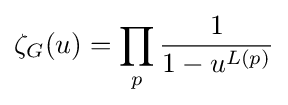
\zeta _{G}(u)=\prod _{p}{\frac {1}{1-u^{{L}(p)}}}